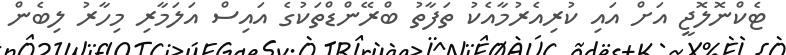
ޓެކްނޮލޮޖީ އަށް އައި ކުރިއެރުމާއެކު ތަފާތު ބްރޭންޑްތަކުގެ އައިސް އަލަމާރި މިހާރު ލިބެން